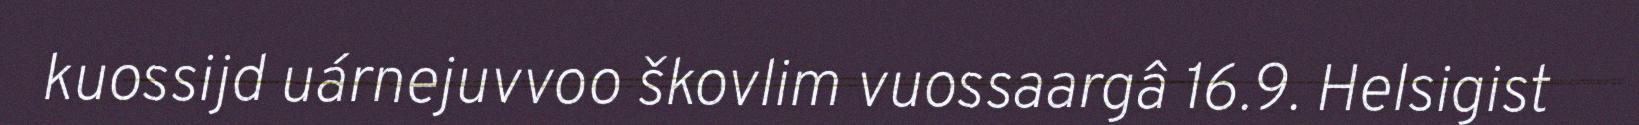
kuossijd uárnejuvvoo škovlim vuossaargâ 16.9. Helsigist